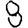
Digit: 8